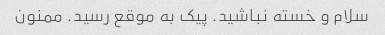
سلام و خسته نباشید. پیک به موقع رسید. ممنون